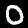
Label: 0